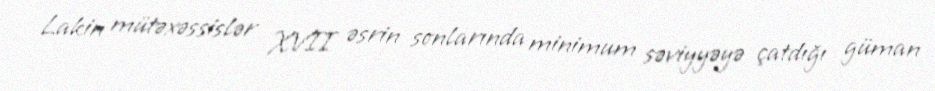
Lakin mütəxəssislər XVII əsrin sonlarında minimum səviyyəyə çatdığı güman